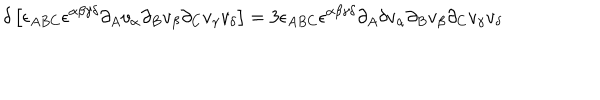
LaTeX: \delta \left[ \epsilon _ { A B C } \epsilon ^ { \alpha \beta \gamma \delta } \partial _ { A } v _ { \alpha } \partial _ { B } v _ { \beta } \partial _ { C } v _ { \gamma } v _ { \delta } \right] = 3 \epsilon _ { A B C } \epsilon ^ { \alpha \beta \gamma \delta } \partial _ { A } \delta v _ { \alpha } \partial _ { B } v _ { \beta } \partial _ { C } v _ { \gamma } v _ { \delta }